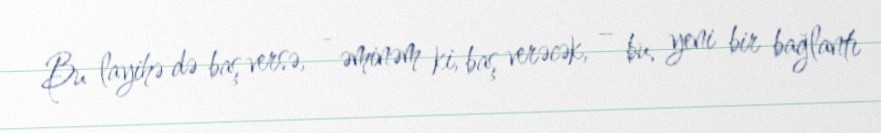
Bu layihə də baş versə, - əminəm ki, baş verəcək, – bu, yeni bir bağlantı